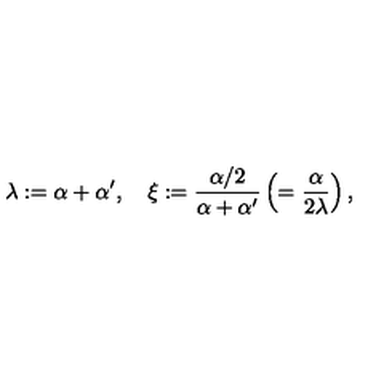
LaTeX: \lambda : = \alpha + \alpha ^ { \prime } , \quad \xi : = { \frac { \alpha / 2 } { \alpha + \alpha ^ { \prime } } } \left( = { \frac { \alpha } { 2 \lambda } } \right) ,